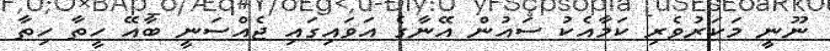
ނޫނީ މަކަރުވެރި ކަމާއެކު ސައުން އޭނާގެ އަވައިގައި ޖެއްސަނީ ބާއޭ ހީތާ ހިތާ